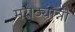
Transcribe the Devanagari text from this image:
मराठ्यान्नी